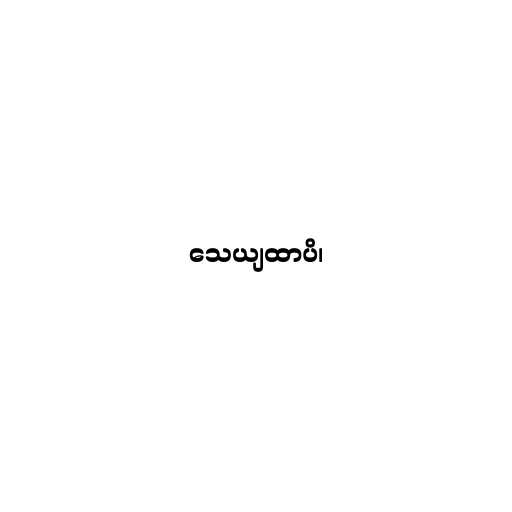
သေယျထာပိ၊